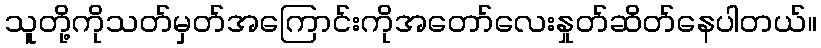
သူတို့ကိုသတ်မှတ်အကြောင်းကိုအတော်လေးနှုတ်ဆိတ်နေပါတယ်။